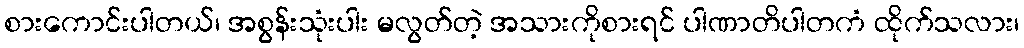
စားကောင်းပါတယ်၊ အစွန်းသုံးပါး မလွတ်တဲ့ အသားကိုစားရင် ပါဏာတိပါတကံ ထိုက်သလား၊